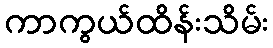
ကာကွယ်ထိန်းသိမ်း